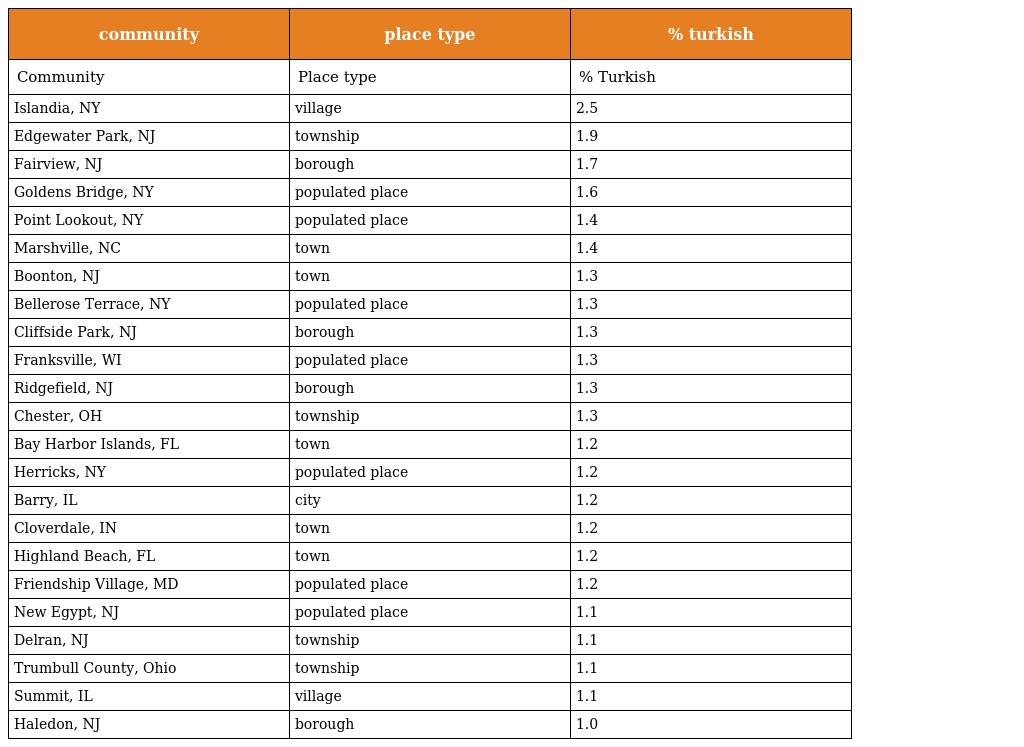
| community | place type | % turkish |
 | --- | --- | --- |
 | Community | Place type | % Turkish |
 | Islandia, NY | village | 2.5 |
 | Edgewater Park, NJ | township | 1.9 |
 | Fairview, NJ | borough | 1.7 |
 | Goldens Bridge, NY | populated place | 1.6 |
 | Point Lookout, NY | populated place | 1.4 |
 | Marshville, NC | town | 1.4 |
 | Boonton, NJ | town | 1.3 |
 | Bellerose Terrace, NY | populated place | 1.3 |
 | Cliffside Park, NJ | borough | 1.3 |
 | Franksville, WI | populated place | 1.3 |
 | Ridgefield, NJ | borough | 1.3 |
 | Chester, OH | township | 1.3 |
 | Bay Harbor Islands, FL | town | 1.2 |
 | Herricks, NY | populated place | 1.2 |
 | Barry, IL | city | 1.2 |
 | Cloverdale, IN | town | 1.2 |
 | Highland Beach, FL | town | 1.2 |
 | Friendship Village, MD | populated place | 1.2 |
 | New Egypt, NJ | populated place | 1.1 |
 | Delran, NJ | township | 1.1 |
 | Trumbull County, Ohio | township | 1.1 |
 | Summit, IL | village | 1.1 |
 | Haledon, NJ | borough | 1.0 |